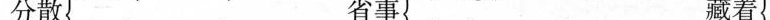
分散 省事 藏着